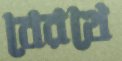
বেরথে